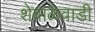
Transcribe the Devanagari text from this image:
शेवाळेवाडी